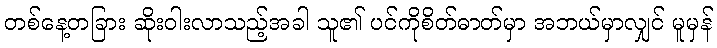
တစ်နေ့တခြား ဆိုးဝါးလာသည့်အခါ သူ၏ ပင်ကိုစိတ်ဓာတ်မှာ အဘယ်မှာလျှင် မူမှန်